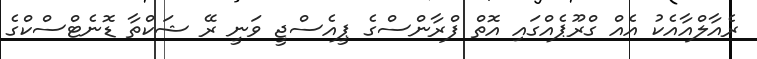
ރެއާލްއާއެކު އެއް ގްރޫޕެއްގައި އޮތް ފްރާންސްގެ ޕީއެސްޖީ ވަނީ ރޭ ޝަކްތާ ޑޮނެޓްސްކްގެ